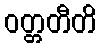
ဝတ္တတီတိ